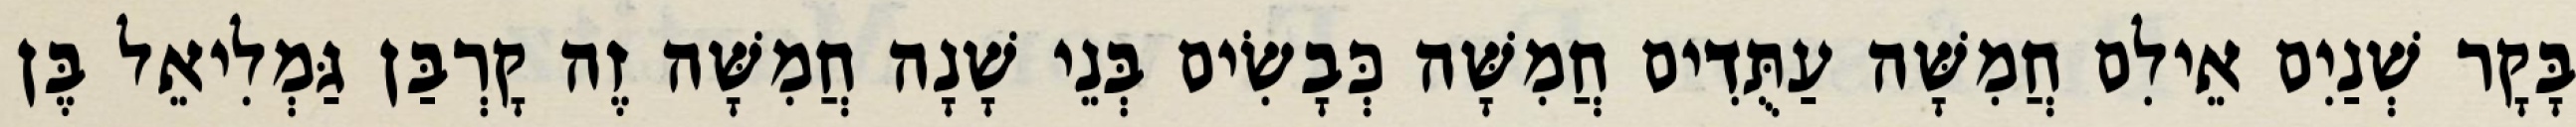
בָּקָר שְׁנַיִם אֵילִם חֲמִשָּׁה עַתֻּדִים חֲמִשָּׁה כְּבָשִׂים בְּנֵי שָׁנָה חֲמִשָּׁה זֶה קָרְבַּן גַּמְלִיאֵל בֶּן